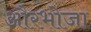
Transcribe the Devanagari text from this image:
औरभोजा